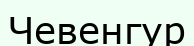
Чевенгур